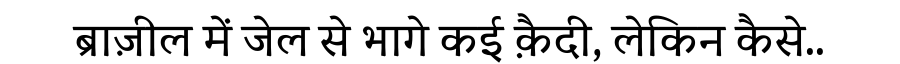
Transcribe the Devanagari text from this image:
ब्राज़ील में जेल से भागे कई क़ैदी, लेकिन कैसे..